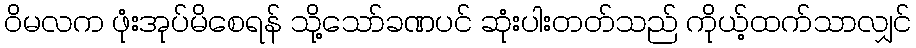
ဝိမလက ဖုံးအုပ်မိစေရန် သို့သော်ခဏပင် ဆုံးပါးတတ်သည် ကိုယ့်ထက်သာလျှင်